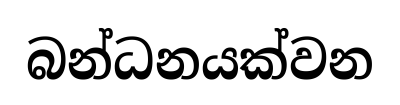
බන්ධනයක්වන